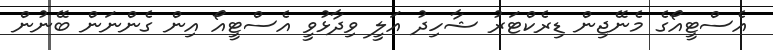
އެސްޓީއޯގެ މެނޭޖިން ޑިރެކްޓަރު ޝާހިދު އަލީ ވިދާޅުވީ އެސްޓީއޯ އިން ގެންނަން ބޭނުން